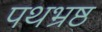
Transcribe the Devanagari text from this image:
पथभ्रष्ठ